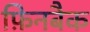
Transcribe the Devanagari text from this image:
फ़िनबैक